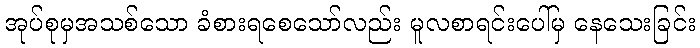
အုပ်စုမှအသစ်သော ခံစားရစေသော်လည်း မူလစာရင်းပေါ်မှ နေသေးခြင်း